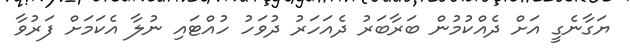
ޔަގާނެގީ އަށް ދެއްކުމުން ބަރާބަރު ދެއަހަރު ދުވަހު ހުއްޓައި ނުލާ އެކަމަށް ފަރުވާ